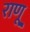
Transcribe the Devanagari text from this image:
राणू